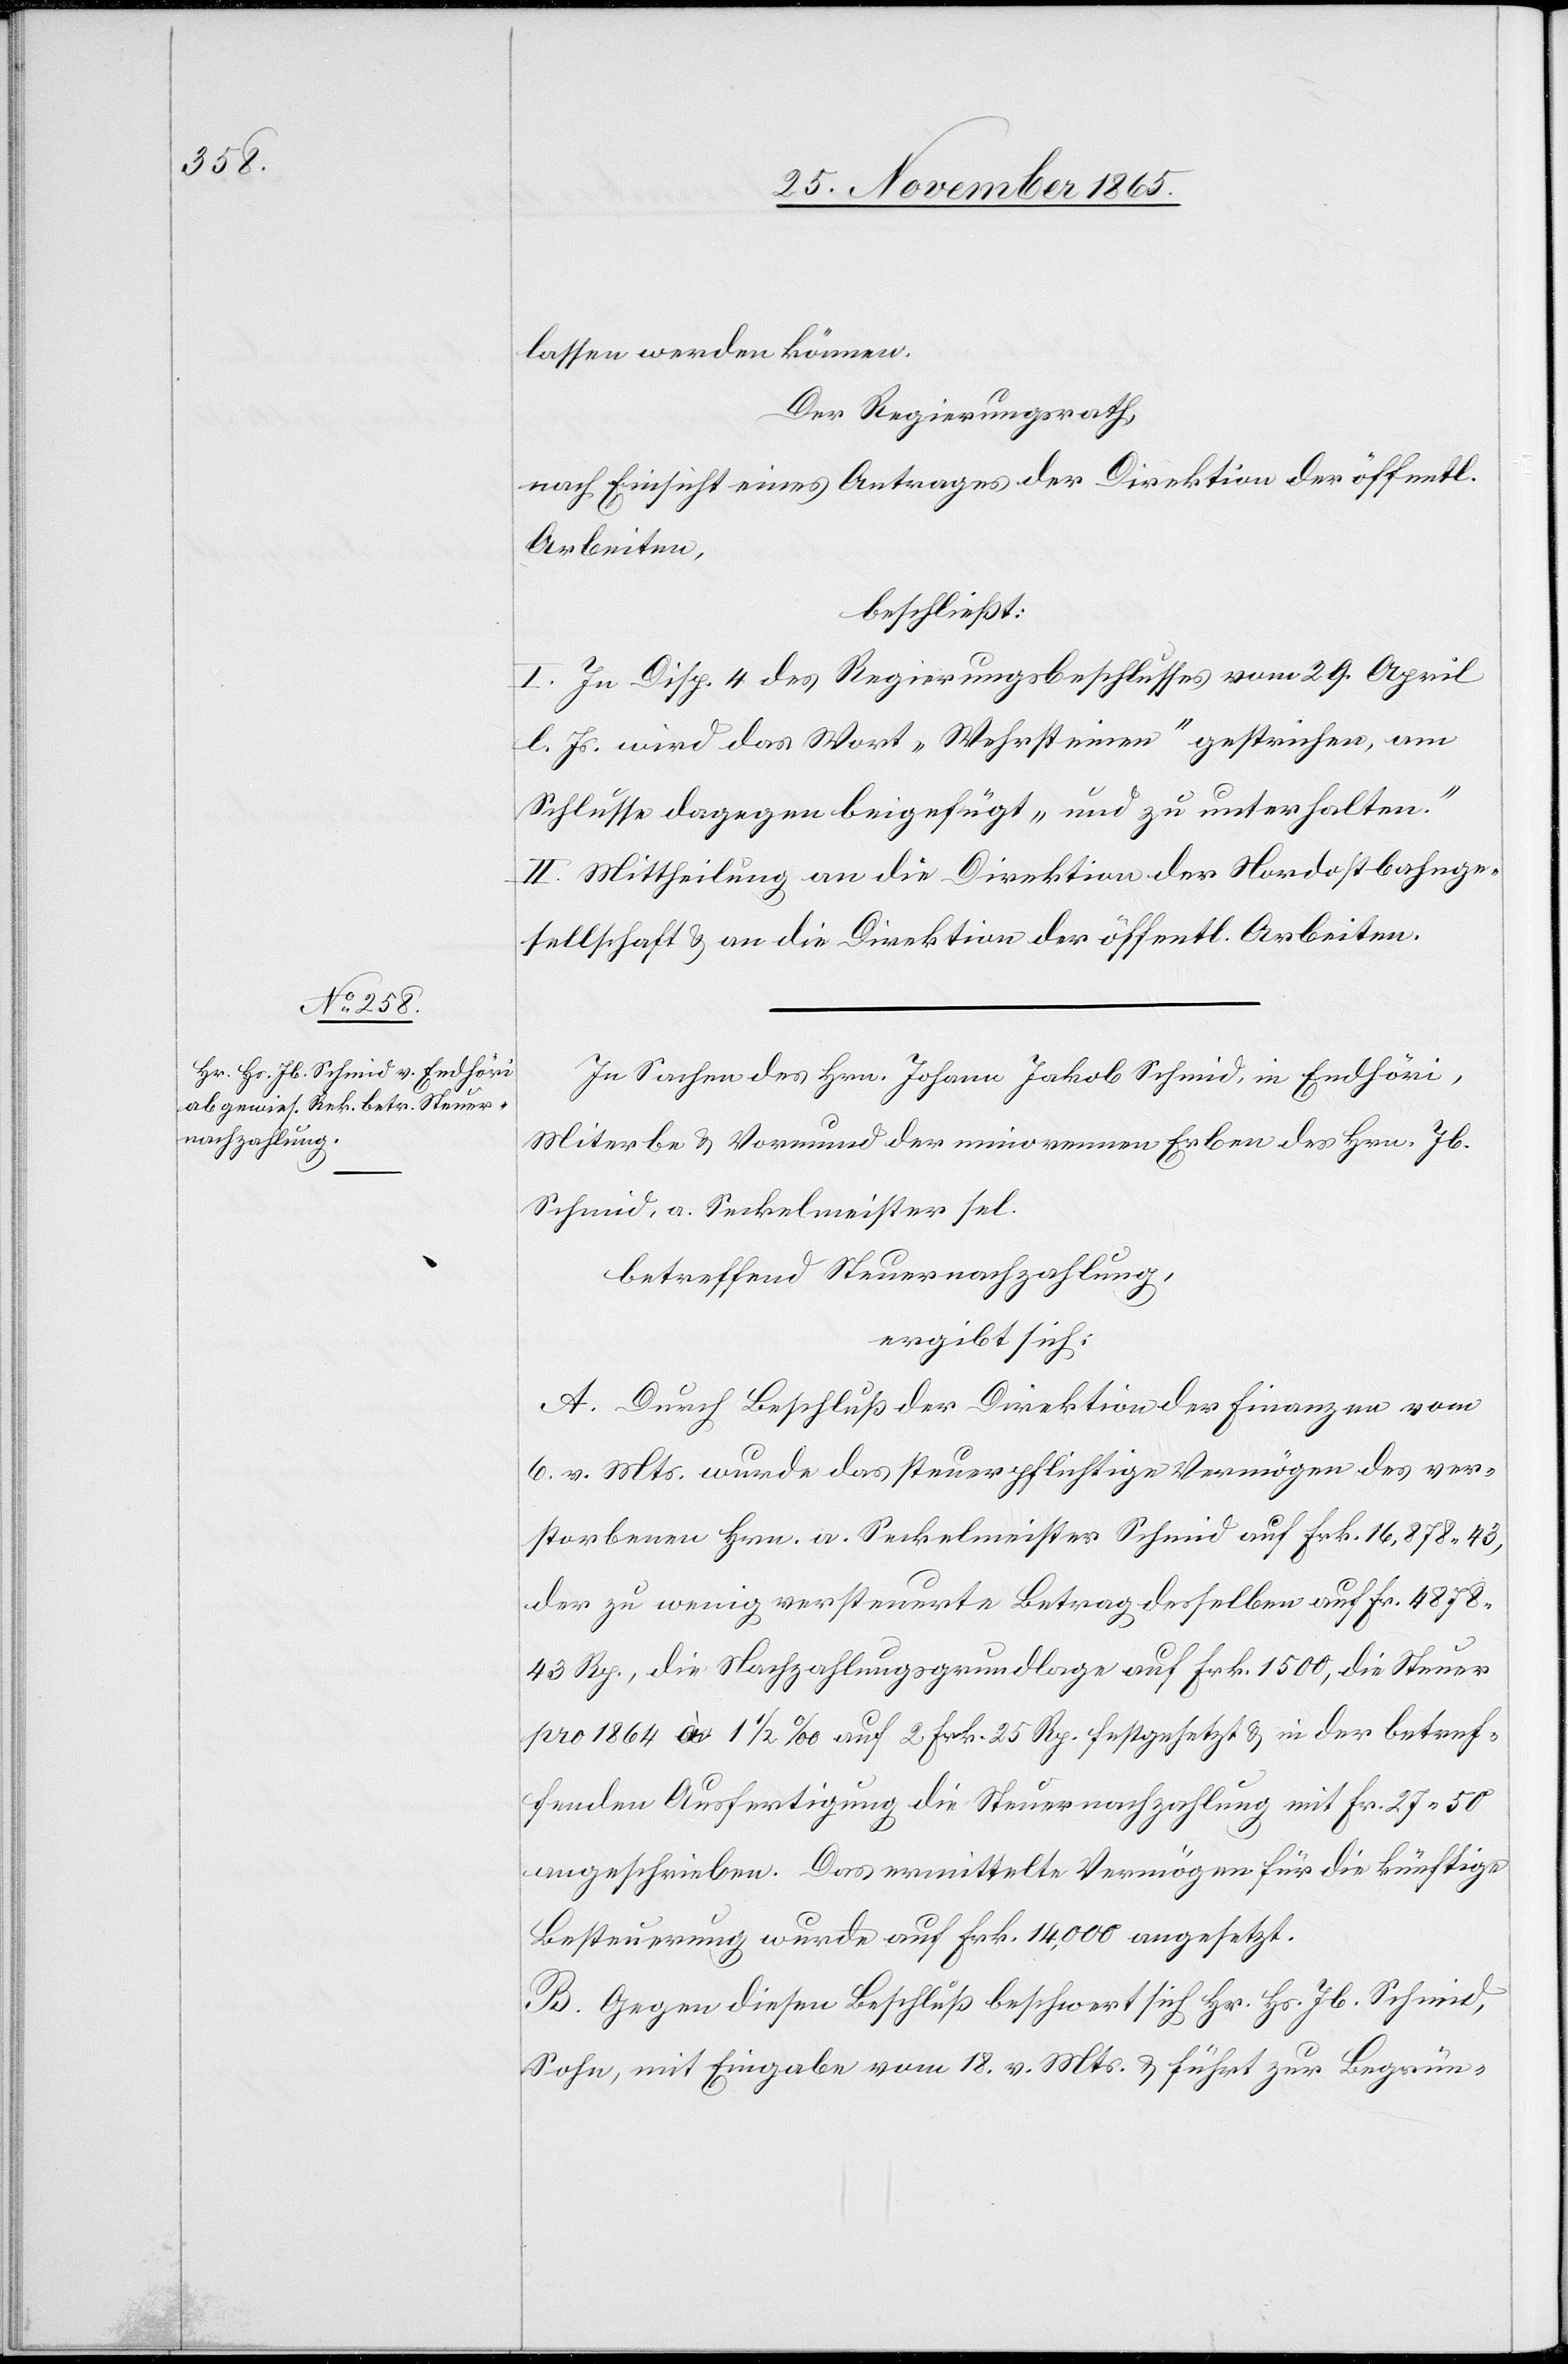
lassen werden können.
Der Regierungsrath,
nach Einsicht eines Antrages der Direktion der öffentl.
Arbeiten,
beschließt:
I. In Disp. 4 des Regierungsbeschlusses vom 29. April
l. Js. wird das Wort „Wehrsteinen“ gestrichen, am
Schlusse dagegen beigefügt „und zu unterhalten.“
II. Mittheilung an die Direktion der Nordostbahnge¬
sellschaft & an die Direktion der öffentl. Arbeiten.
In Sachen des Hrn. Johann [sic!] Jakob Schmid, in Endhöri,
Miterbe & Vormund der minorennen Erben des Hrn. Jb.
Schmid, a. Seckelmeister sel.
betreffend Steuernachzahlung,
ergibt sich:
A. Durch Beschluß der Direktion der Finanzen vom
6. v. Mts. wurde das steuerpflichtige Vermögen des ver¬
storbenen Hrn. a. Seckelmeister Schmid auf Frk. 16,878.43,
der zu wenig versteuerte Betrag desselben auf Fr. 4878
43 Rp., die Nachzahlungsgrundlage auf Frk. 1500, die Steuer
pro 1864 à 1 1/2‰ auf 2 Frk. 25 Rp. festgesetzt & in der betref¬
fenden Ausfertigung die Steuernachzahlung mit Fr. 27.50
angeschrieben. Das ermittelte Vermögen für die künftige
Besteuerung wurde auf Frk. 14,000 angesetzt.
B. Gegen diesen Beschluß beschwert sich Hr. Hs. Jb. Schmid,
Sohn, mit Eingabe vom 18. v. Mts. & führt zur Begrün-